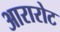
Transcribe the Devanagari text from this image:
आरारोट